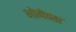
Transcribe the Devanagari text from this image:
भोगेच्छा